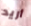
أريد